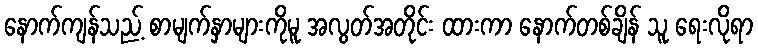
နောက်ကျန်သည့် စာမျက်နှာများကိုမူ အလွတ်အတိုင်း ထားကာ နောက်တစ်ချိန် သူ ရေးလိုရာ